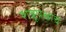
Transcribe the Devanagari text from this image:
शत्रूपक्षाचे